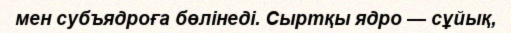
мен субъядроға бөлінеді. Сыртқы ядро — сұйық,